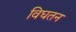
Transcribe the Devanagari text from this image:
विघतन